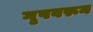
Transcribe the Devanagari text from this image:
गृपवरून